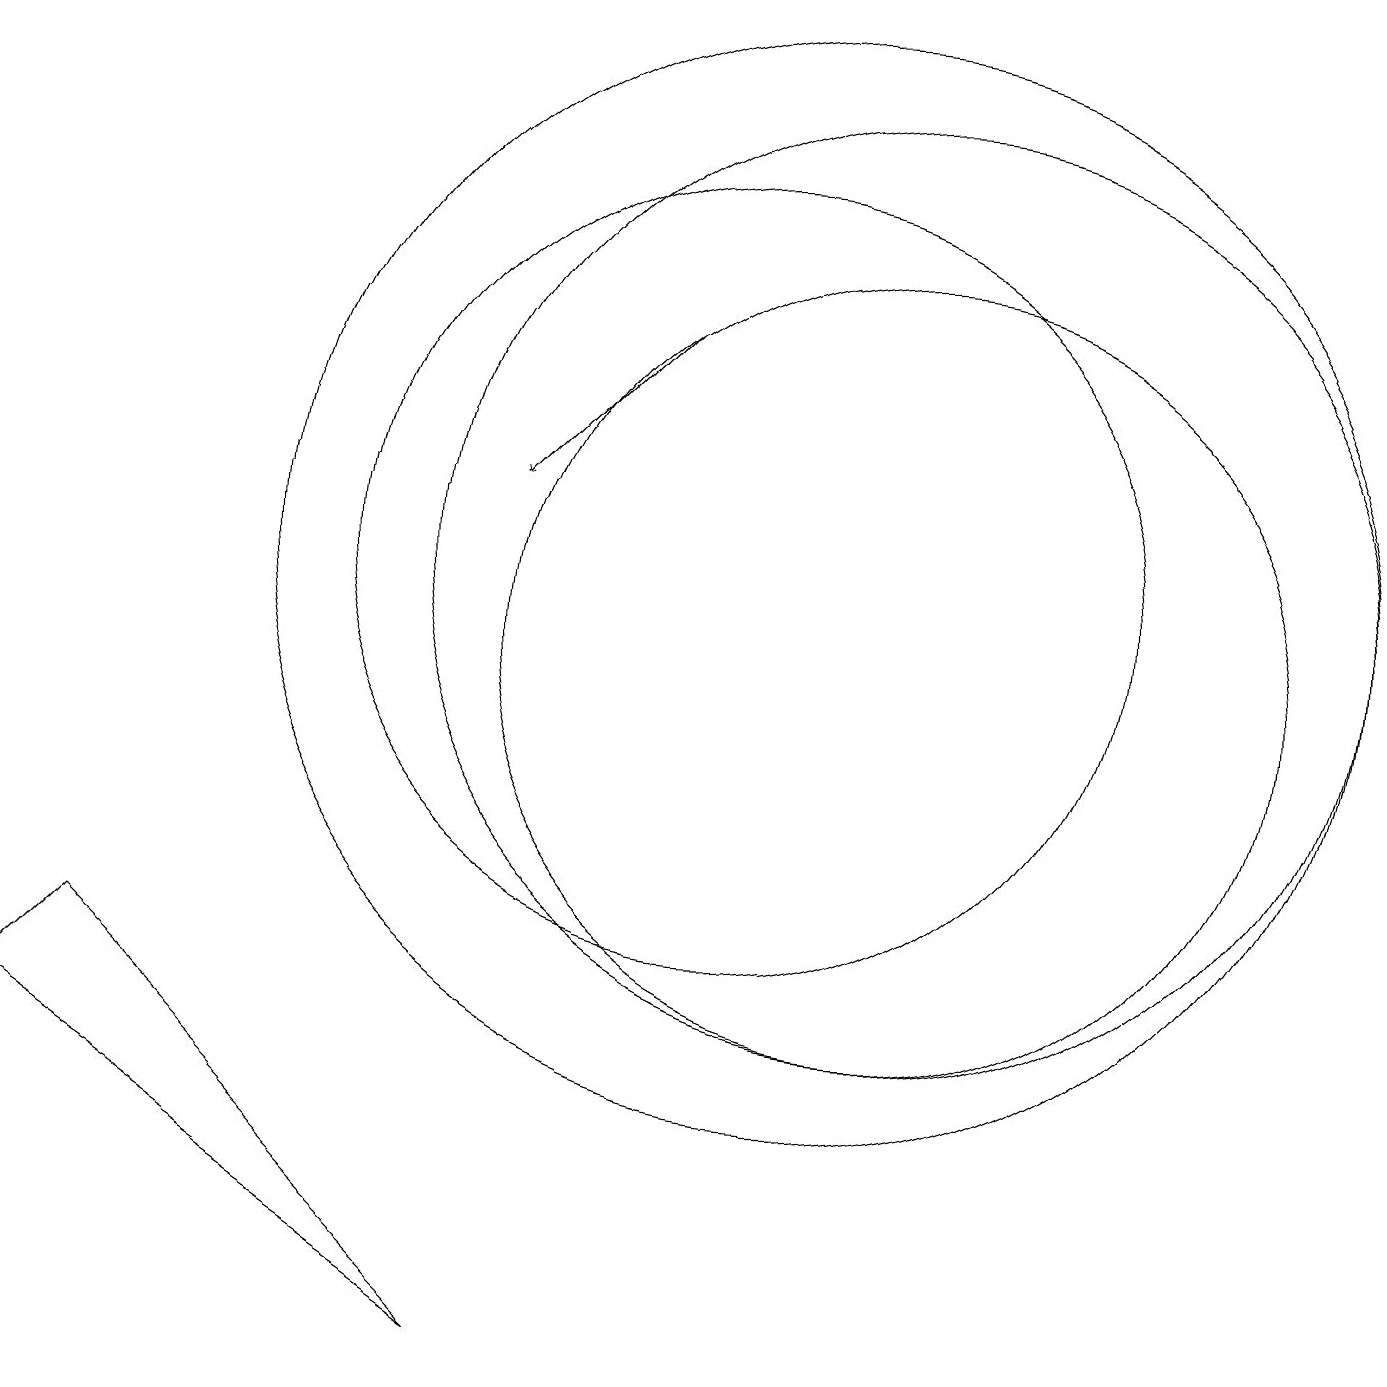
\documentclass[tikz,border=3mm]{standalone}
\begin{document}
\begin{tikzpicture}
\draw (7,1) -- (2,6) -- (1,5) -- cycle;
\draw (12,11) circle (6);
\draw (10,11) circle (5);
\draw[->] (9,14) -- (7,12);
\draw (12,10) circle (5);
\draw (11,11) circle (7);
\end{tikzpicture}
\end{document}